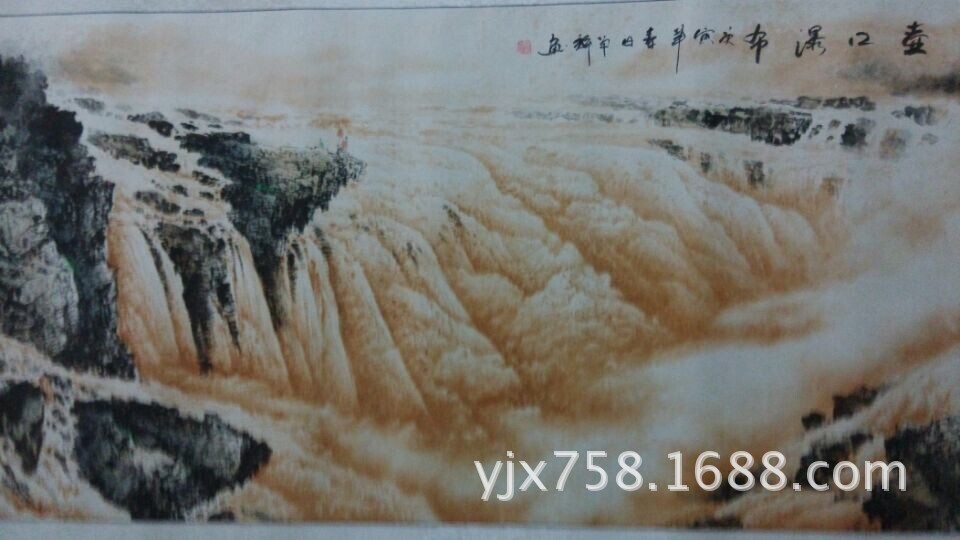
有为者辟若掘井，掘井九轫而不及泉，犹为弃井也。